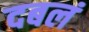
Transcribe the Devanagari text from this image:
दबलं